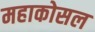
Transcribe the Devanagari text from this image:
महाकोसल